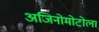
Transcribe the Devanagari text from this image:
अजिनोमोटोला